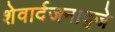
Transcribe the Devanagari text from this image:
शेवार्दजनाद्जे